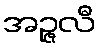
အဉ္ဇလီ